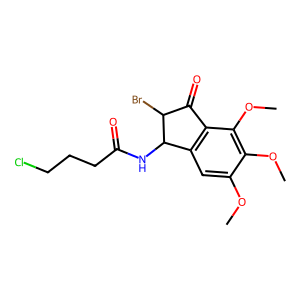
SMILES: COc1cc2c(c(OC)c1OC)C(=O)C(Br)C2NC(=O)CCCCl
Inhibits HIV replication: No